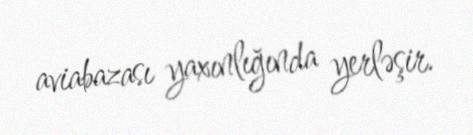
aviabazası yaxınlığında yerləşir.